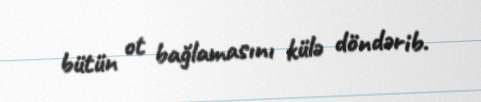
bütün ot bağlamasını külə döndərib.